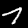
Label: 7